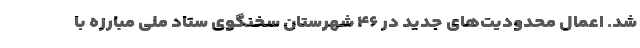
شد. اعمال محدودیت‌های جدید در ۴۶ شهرستان سخنگوی ستاد ملی مبارزه با